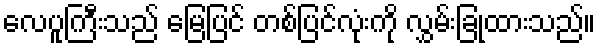
လေပူကြီးသည် မြေပြင် တစ်ပြင်လုံးကို လွှမ်းခြုံထားသည်။